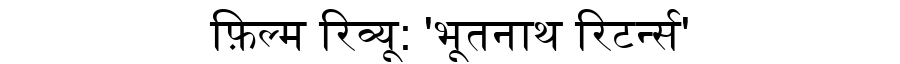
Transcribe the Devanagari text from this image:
फ़िल्म रिव्यू: 'भूतनाथ रिटर्न्स'